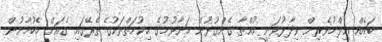
ބައެއް ޢިލްމުވެރިން ވިދާޅުވަނީ ކުއްތާ ގެންގުޅުން މަނާވުމުގެ ޙިކުމަތްތަކުގެ ތެރޭގައި ގެއަށް މެހުމާނުން